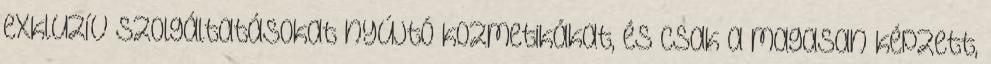
exkluzív szolgáltatásokat nyújtó kozmetikákat, és csak a magasan képzett,